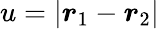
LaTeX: u=|\boldsymbol{r}_{1}-\boldsymbol{r}_{2}|